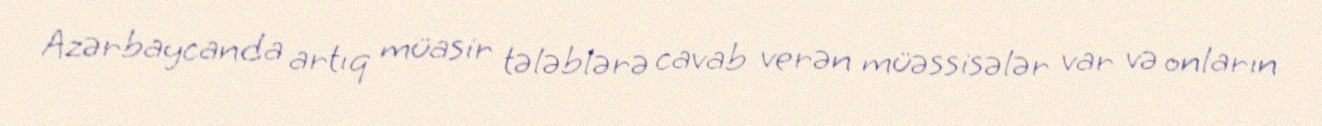
Azərbaycanda artıq müasir tələblərə cavab verən müəssisələr var və onların